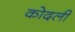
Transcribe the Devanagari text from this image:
कोदली